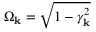
\Omega _ { \bf k } = \sqrt { 1 - \gamma _ { \bf k } ^ { 2 } }